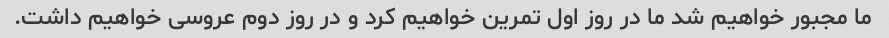
ما مجبور خواهیم شد ما در روز اول تمرین خواهیم کرد و در روز دوم عروسی خواهیم داشت.